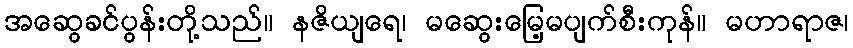
အဆွေခင်ပွန်းတို့သည်။ နဇိယျရေ၊ မဆွေးမြေ့မပျက်စီးကုန်။ မဟာရာဇ၊